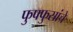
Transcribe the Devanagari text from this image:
फुफ्फुसांचे